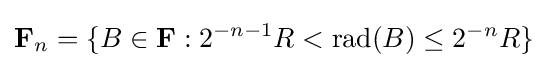
\mathbf {F} _{n}=\{B\in \mathbf {F} :2^{-n-1}R<{\text{rad}}(B)\leq 2^{-n}R\}